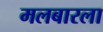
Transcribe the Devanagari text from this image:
मलबारला